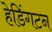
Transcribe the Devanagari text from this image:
हेडिंगटन